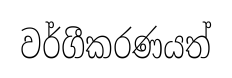
වර්ගීකරණයත්